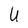
Character: U